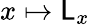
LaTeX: x\mapsto\mathsf{L}_{x}